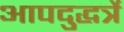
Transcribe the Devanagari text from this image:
आपदुद्धर्त्रे